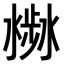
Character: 𣻣